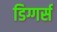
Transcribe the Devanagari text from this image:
डिग्गर्स